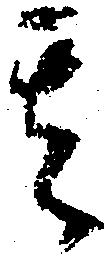
其